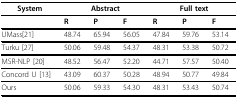
<table><thead><tr><td><b>System</b></td><td colspan="3"><b>Abstract</b></td><td colspan="3"><b>Full text</b></td></tr></thead><tbody><tr><td>[EMPTY_CELL]</td><td><b>R</b></td><td><b>P</b></td><td><b>F</b></td><td><b>R</b></td><td><b>P</b></td><td><b>F</b></td></tr><tr><td>UMass[21]</td><td>48.74</td><td>65.94</td><td>56.05</td><td>47.84</td><td>59.76</td><td>53.14</td></tr><tr><td>Turku [27]</td><td>50.06</td><td>59.48</td><td>54.37</td><td>48.31</td><td>53.38</td><td>50.72</td></tr><tr><td>MSR-NLP [20]</td><td>48.52</td><td>56.47</td><td>52.20</td><td>44.71</td><td>57.57</td><td>50.40</td></tr><tr><td>Concord U [13]</td><td>43.09</td><td>60.37</td><td>50.28</td><td>48.94</td><td>50.77</td><td>49.84</td></tr><tr><td>Ours</td><td>50.06</td><td>59.33</td><td>54.30</td><td>48.31</td><td>53.43</td><td>50.74</td></tr></tbody></table>